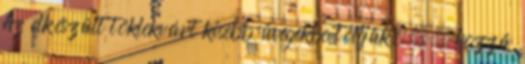
Az elkészült töklekvárt kisebb üvegekbe töltjük, . . hozzá